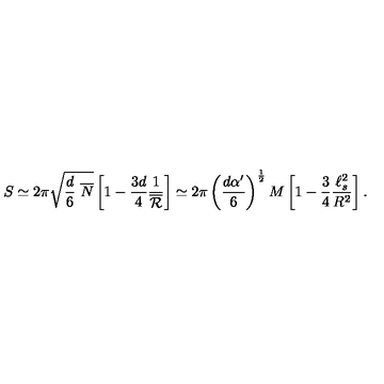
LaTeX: S \simeq 2 \pi \sqrt { \frac { d } { 6 } \ \overline { N } } \left[ 1 - \frac { 3 d } { 4 } \frac { 1 } { \overline { { \cal R } } } \right] \simeq 2 \pi \left( \frac { d \alpha ^ { \prime } } { 6 } \right) ^ { \frac { 1 } { 2 } } M \left[ 1 - \frac { 3 } { 4 } \frac { \ell _ { s } ^ { 2 } } { R ^ { 2 } } \right] .